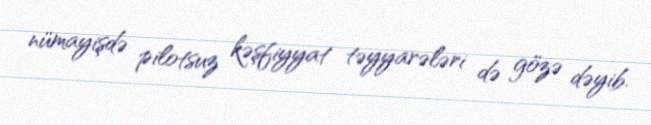
nümayişdə pilotsuz kəşfiyyat təyyarələri də gözə dəyib.